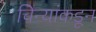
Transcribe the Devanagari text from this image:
चिन्यांकडून